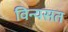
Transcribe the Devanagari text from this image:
विन्यसत